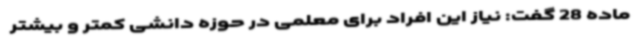
ماده 28 گفت: نیاز این افراد برای معلمی در حوزه دانشی کمتر و بیشتر